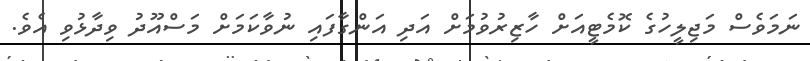
ނަމަވެސް މަޖިލީހުގެ ކޮމެޓީއަށް ހާޒިރުވުމަށް އަދި އަންގާފައި ނުވާކަމަށް މަސްއޫދު ވިދާޅުވި އެވެ.